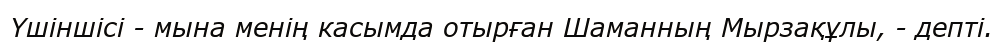
Үшіншісі - мына менің касымда отырған Шаманның Мырзақұлы, - депті.